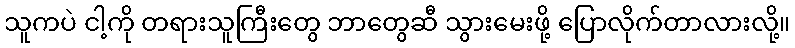
သူကပဲ ငါ့ကို တရားသူကြီးတွေ ဘာတွေဆီ သွားမေးဖို့ ပြောလိုက်တာလားလို့။